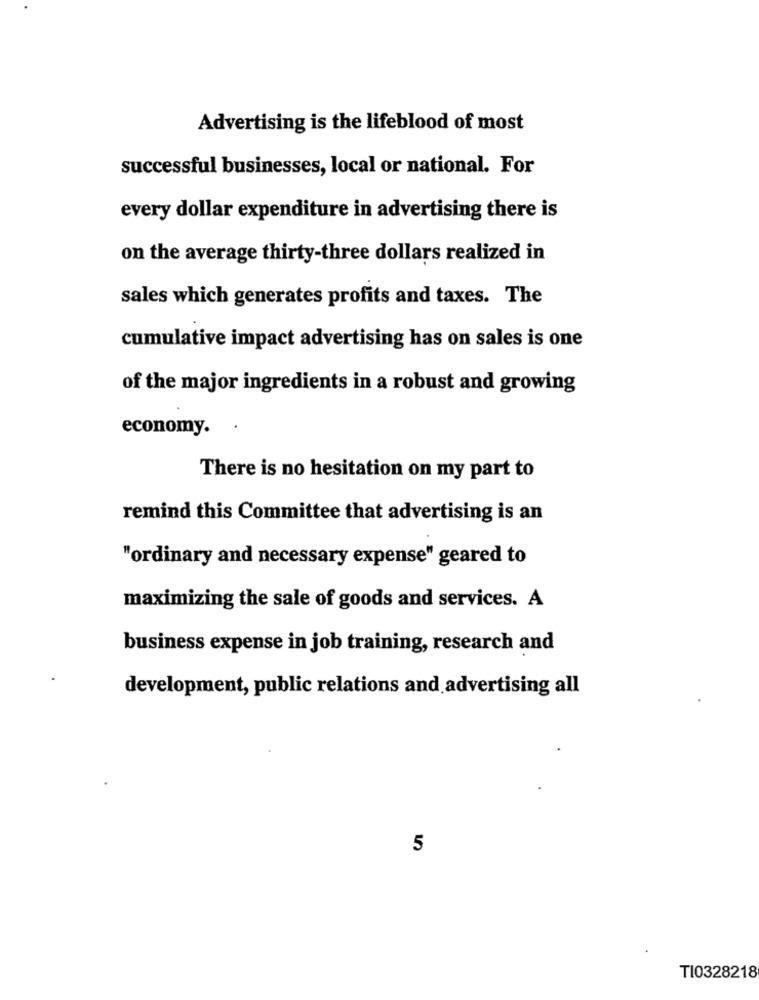
Advertising is the lifeblood of most
successful businesses, local or national. For
every dollar expenditure in advertising there is
on the average thirty-three dollars realized in
sales which generates profits and taxes. The
cumulative impact advertising has on sales is one
of the major ingredients in a robust and growing
economy.
.
There is no hesitation on my part to
remind this Committee that advertising is an
"ordinary and necessary expense" geared to
maximizing the sale of goods and services. A
business expense in job training, research and
development, public relations and advertising all
5
TI0328218